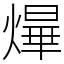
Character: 㷸